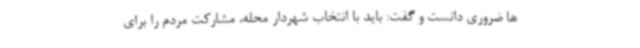
ها ضروری دانست و گفت: باید با انتخاب شهردار محله، مشارکت مردم را برای